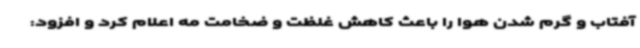
آفتاب و گرم شدن هوا را باعث کاهش غلظت و ضخامت مه اعلام کرد و افزود: